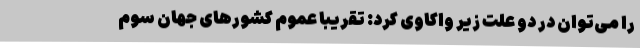
را می‌توان در دو علتِ زیر واکاوی کرد: تقریباً عموم کشورهای جهانِ سوم